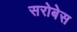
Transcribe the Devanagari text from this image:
सरोबेस